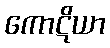
ကောဋိယာ